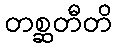
တစ္ဆတီတိ